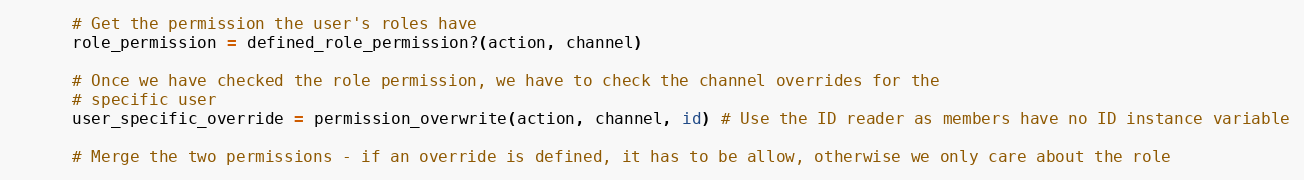
Language: Ruby
      # Get the permission the user's roles have
      role_permission = defined_role_permission?(action, channel)

      # Once we have checked the role permission, we have to check the channel overrides for the
      # specific user
      user_specific_override = permission_overwrite(action, channel, id) # Use the ID reader as members have no ID instance variable

      # Merge the two permissions - if an override is defined, it has to be allow, otherwise we only care about the role